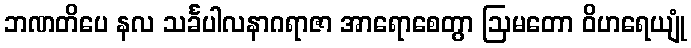
ဘဏတိပေ နလ သင်္ခပါလနာဂရာဇာ အာရောစေတွာ ဩမတော ဝိဟရေယျုံ